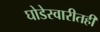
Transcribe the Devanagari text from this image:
घोडेस्वारीतही